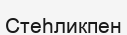
Стеһликпен